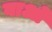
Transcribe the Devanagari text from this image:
वाओ